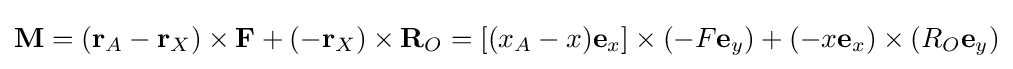
\mathbf {M} =(\mathbf {r} _{A}-\mathbf {r} _{X})\times \mathbf {F} +(-\mathbf {r} _{X})\times \mathbf {R} _{O}=\left[(x_{A}-x)\mathbf {e} _{x}\right]\times \left(-F\mathbf {e} _{y}\right)+\left(-x\mathbf {e} _{x}\right)\times \left(R_{O}\mathbf {e} _{y}\right)